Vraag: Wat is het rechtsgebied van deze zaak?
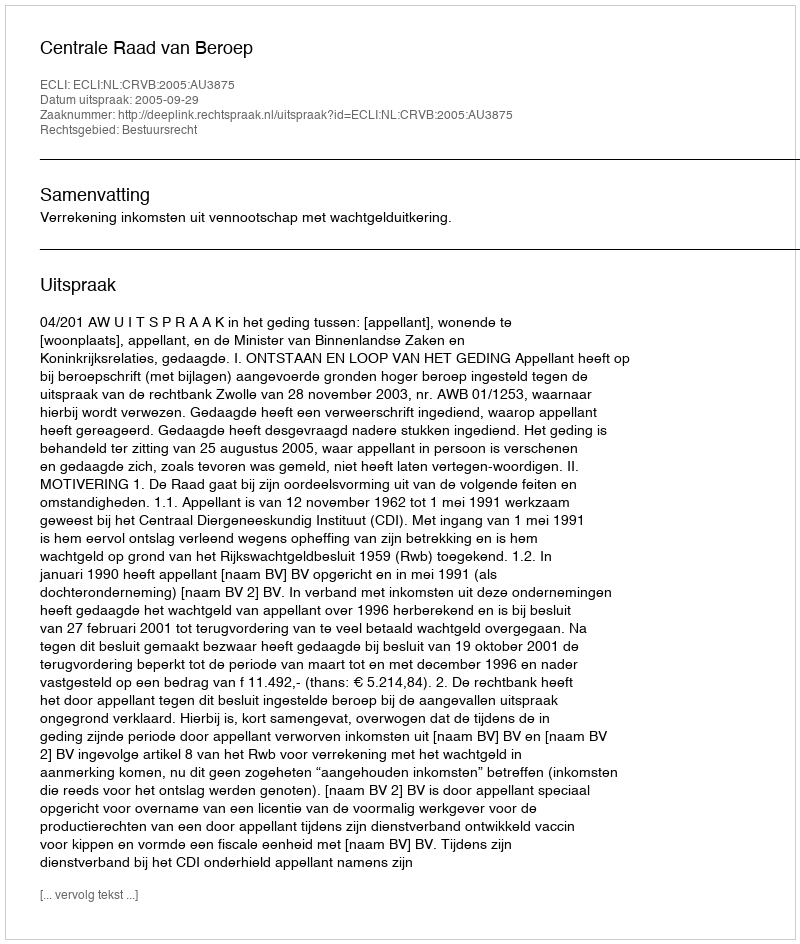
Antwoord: Bestuursrecht